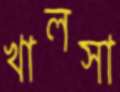
খালসা